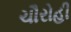
ચૌરોહી